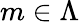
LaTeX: m\in\Lambda